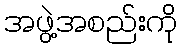
အဖွဲ့အစည်းကို